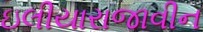
ઇલીયારાજાવીન